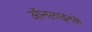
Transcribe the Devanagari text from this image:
ऑनलाइनके